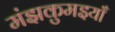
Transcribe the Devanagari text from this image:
मंझकुमइयाँ